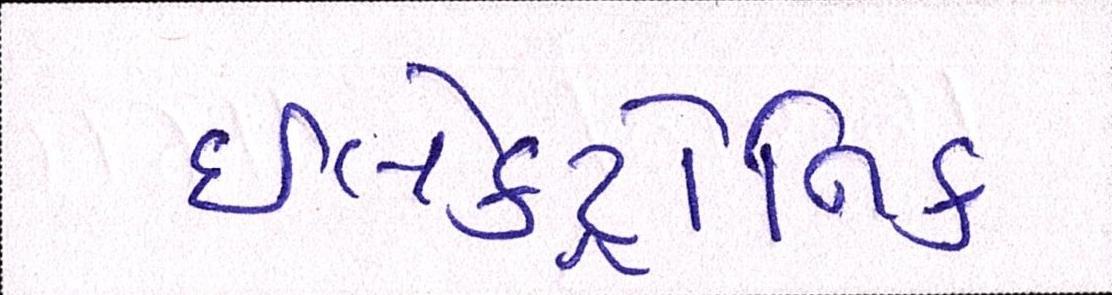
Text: ઇલેક્ટ્રોનિક